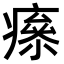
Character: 𤹮